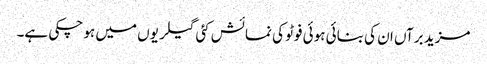
مزید برآں ان کی بنائی ہوئی فوٹو کی نمائش کئی گیلریوں میں ہو چکی ہے۔